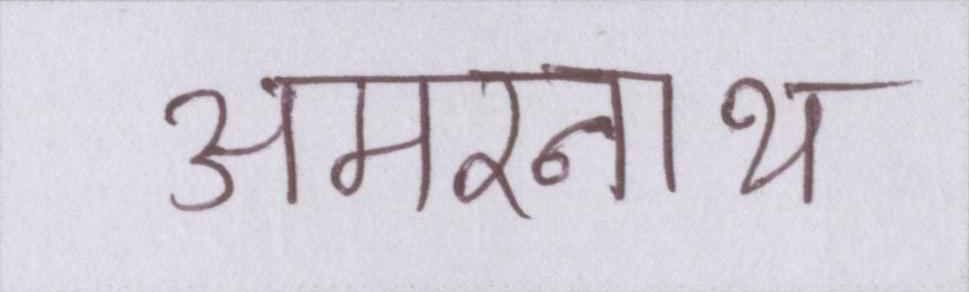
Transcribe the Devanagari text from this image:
अमरनाथ